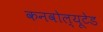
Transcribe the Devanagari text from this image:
कनवोल्यूटेड